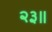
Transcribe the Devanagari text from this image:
२३॥